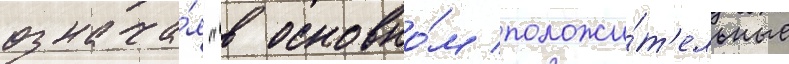
означа́я "в основно́м положи́т'ельные